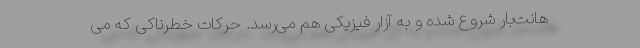
هانت‌بار شروع شده و به آزار فیزیکی هم می‌رسد. حرکات خطرناکی که می